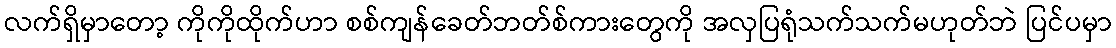
လက်ရှိမှာတော့ ကိုကိုထိုက်ဟာ စစ်ကျန်ခေတ်ဘတ်စ်ကားတွေကို အလှပြရုံသက်သက်မဟုတ်ဘဲ ပြင်ပမှာ